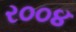
ર૦૦૪